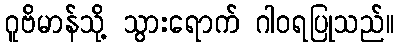
ဂူဗိမာန်သို့ သွားရောက် ဂါဝရပြုသည်။